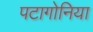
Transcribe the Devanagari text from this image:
पटागोनिया